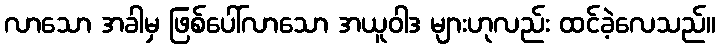
လာသော အခါမှ ဖြစ်ပေါ်လာသော အယူဝါဒ များဟုလည်း ထင်ခဲ့လေသည်။